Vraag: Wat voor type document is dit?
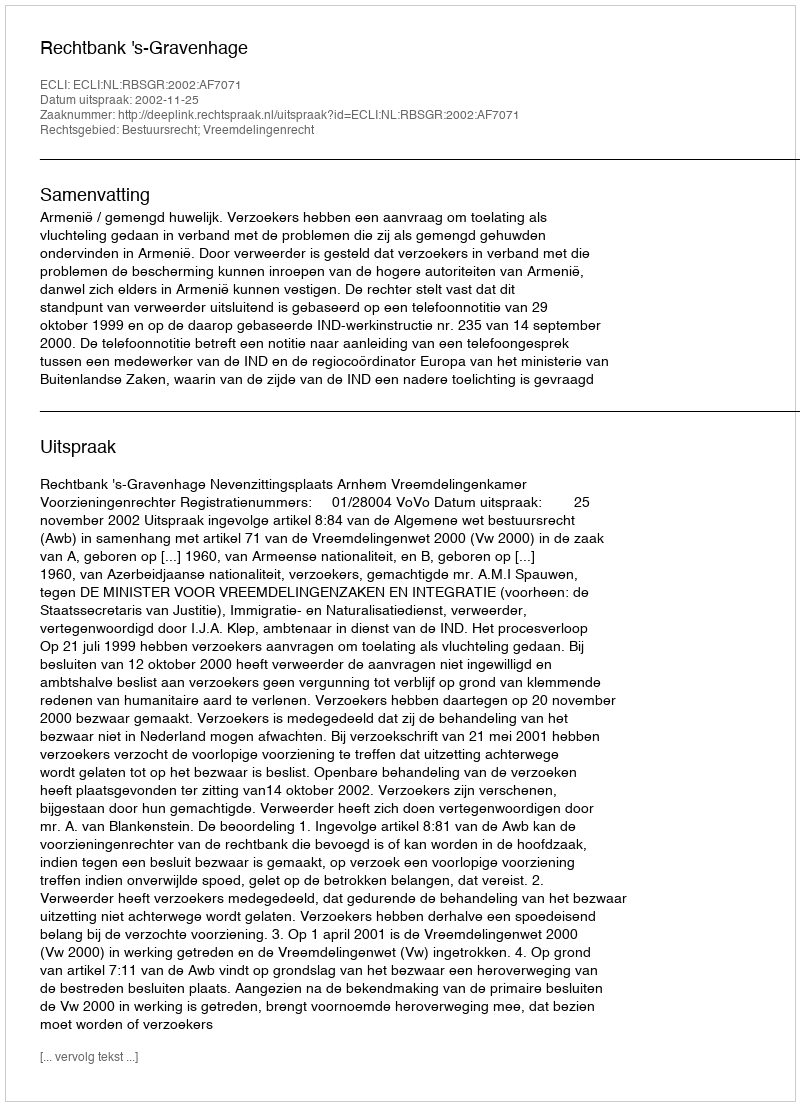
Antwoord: Uitspraak